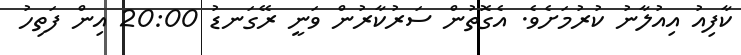
ކާފިއު އިއުލާނު ކުރުމަށެވެ. އެގޮތުން ސަރުކާރުން ވަނީ ރޭގަނޑު 20:00 އިން ފަތިހު